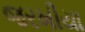
જરખીયા